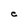
Character: C